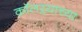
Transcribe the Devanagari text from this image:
कॉलऱ्याच्या